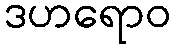
ဒဟရောဝ